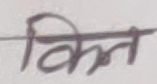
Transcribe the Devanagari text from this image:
किन